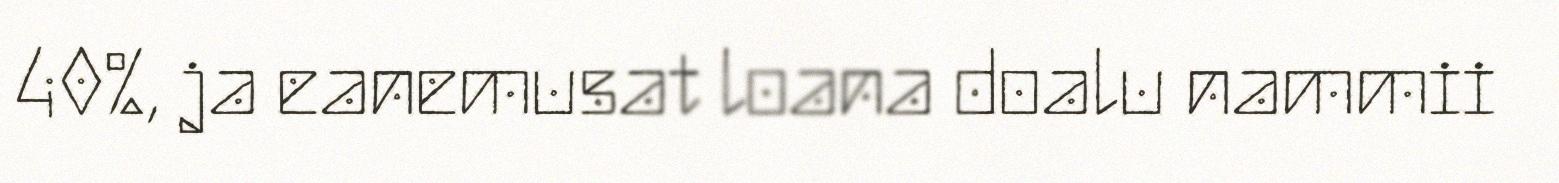
40%, ja eanemusat loana doalu nammii